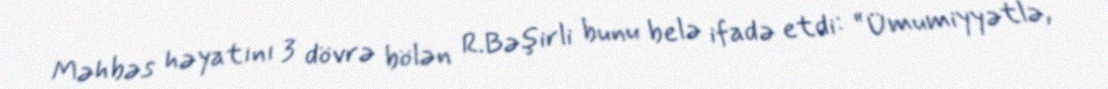
Məhbəs həyatını 3 dövrə bölən R.Bəşirli bunu belə ifadə etdi: “Ümumiyyətlə,